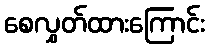
စေလွှတ်ထားကြောင်း